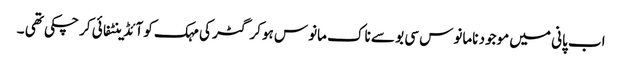
اب پانی میں موجود نامانوس سی بو سے ناک مانوس ہوکر گٹر کی مہک کو آئڈینٹفائی کر چکی تھی ۔